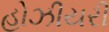
હોઝીયરી